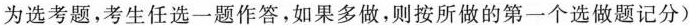
为选考题，考生任选一题作答，如果多做，则按所做的第一个选做题记分)